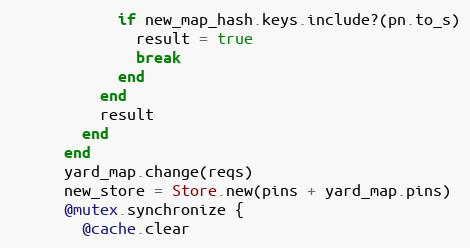
Language: Ruby
            if new_map_hash.keys.include?(pn.to_s)
              result = true
              break
            end
          end
          result
        end
      end
      yard_map.change(reqs)
      new_store = Store.new(pins + yard_map.pins)
      @mutex.synchronize {
        @cache.clear